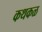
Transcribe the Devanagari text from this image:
कथकळ